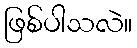
ဖြစ်ပါသလဲ။